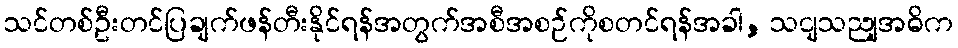
သင်တစ်ဦးတင်ပြချက်ဖန်တီးနိုင်ရန်အတွက်အစီအစဉ်ကိုစတင်ရန်အခါ, သငျသညျအဓိက